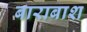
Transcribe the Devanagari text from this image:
बाराबाश